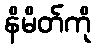
နိမိတ်ကို